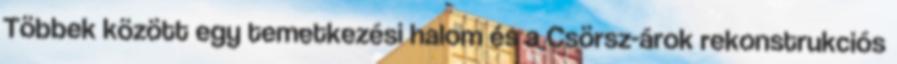
Többek között egy temetkezési halom és a Csörsz-árok rekonstrukciós